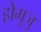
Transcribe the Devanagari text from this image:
होमुजु